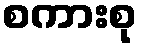
စကားစု